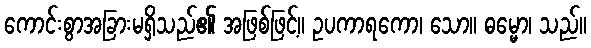
ကောင်းစွာအခြားမရှိသည်၏ အဖြစ်ဖြင့်။ ဥပကာရကော၊ သော။ ဓမ္မော၊ သည်။